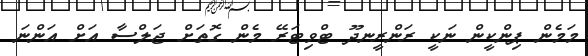
މަމެން ޕިންކީން ނަކީ ރަންރީނދޫ ޓްވިޓަރޭ މެން ގޮތަށް ޖަލްސާ އަށް އަންނަ